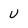
Character: U